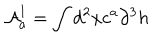
LaTeX: { \cal { A } } _ { a } ^ { 1 } = \int d ^ { 2 } x c ^ { a } \partial ^ { 3 } h